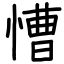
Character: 慒